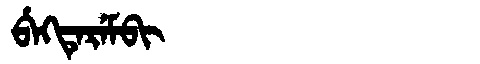
Manchu: ᠪᡝᡴᡨᡝᡵᡝᠮᠪᡳ
Romanization: BEKTEREMBI